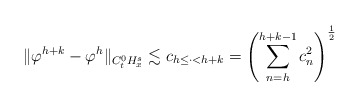
\begin{align*}\|\varphi^{h+k}-\varphi^h\|_{C_t^0H_x^s }\lesssim c_{h\leq\cdot<h+k}=\left(\sum_{\substack{n=h}}^{h+k-1}c_n^2\right)^{\frac{1}{2}}\end{align*}